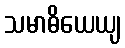
သမာဓိယေယျ